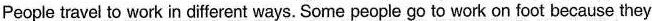
People travel to work in diferent ways. Some people go to work on foot because they live near their work places. Some people go to work by bike because they